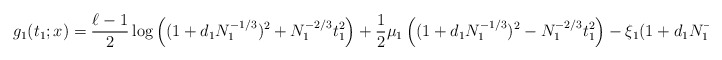
\begin{align*}g_1(t_1;x)=\frac{\ell-1}2\log\left((1+d_1N_1^{-1/3})^2+N_1^{-2/3}t_1^2\right)+\frac 12\mu_1\left((1+d_1N_1^{-1/3})^2-N_1^{-2/3}t_1^2\right)-\xi_1(1+d_1N_1^{-1/3}).\end{align*}